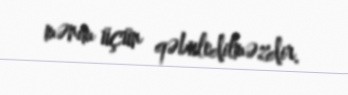
mənim üçün qəbuledilməzdir.